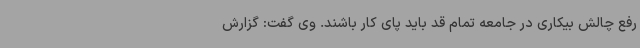
رفع چالش بیکاری در جامعه تمام قد باید پای کار باشند. وی گفت: گزارش